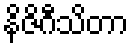
နိဇိဂီသိတာ